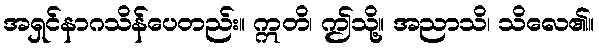
အရှင်နာဂသိန်ပေတည်း။ ဣတိ၊ ဤသို့။ အညာသိ၊ သိလေ၏။